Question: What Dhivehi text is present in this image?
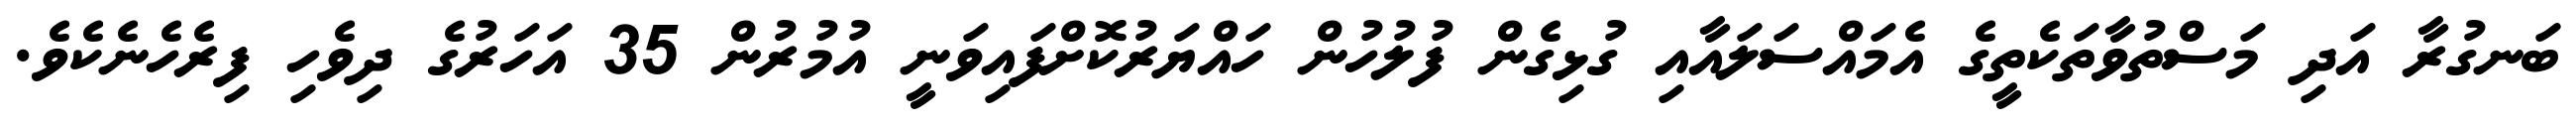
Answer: ބަނގުރާ އަދި މަސްތުވާތަކެތީގެ އެމައްސަލައާއި ގުޅިގެން ފުލުހުން ހައްޔަރުކޮށްފައިވަނީ އުމުރުން 35 އަހަރުގެ ދިވެހި ފިރެހެނެކެވެ.